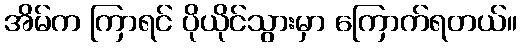
အိမ်က ကြာရင် ပိုယိုင်သွားမှာ ကြောက်ရတယ်။